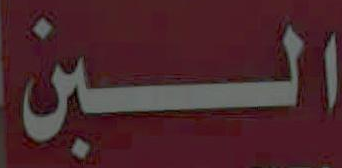
البن